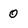
Character: 0